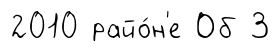
2010 райо́н'е Об 3